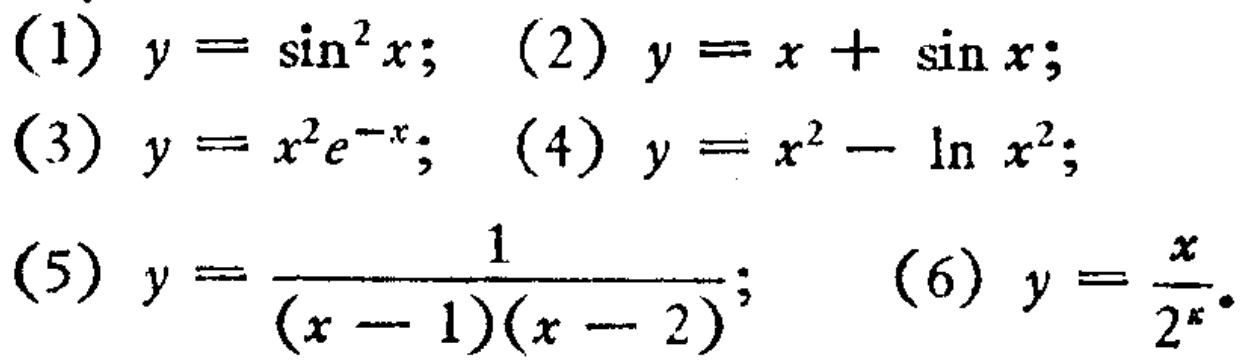
(1) \(y = \sin^{2}x\); (2) \(y = x+\sin x\);
(3) \(y = x^{2}e^{-x}\); (4) \(y = x^{2}-\ln x^{2}\);
(5) \(y = \frac{1}{(x - 1)(x - 2)}\); (6) \(y=\frac{x}{2^{x}}\)